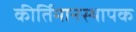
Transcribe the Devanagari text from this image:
कीर्तिमानस्थापक